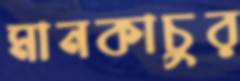
মানকাচুর